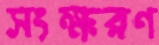
সংক্ষরণ